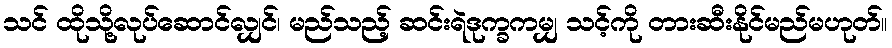
သင် ထိုသို့လုပ်ဆောင်လျှင်၊ မည်သည့် ဆင်းရဲဒုက္ခကမျှ သင့်ကို တားဆီးနိုင်မည်မဟုတ်။